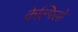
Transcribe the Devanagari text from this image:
केल्पिसो